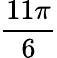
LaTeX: \frac{11\pi}{6}